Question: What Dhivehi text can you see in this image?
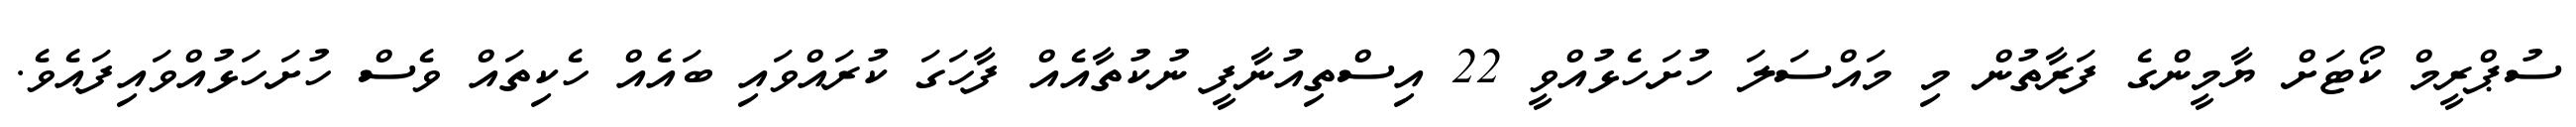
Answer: ސުޕްރީމް ކޯޓަށް ޔާމީންގެ ފަރާތުން މި މައްސަލަ ހުށަހެޅުއްވީ 22 އިސްތިއުނާފީ ނުކުތާއެއް ފާހަގަ ކުރައްވައި ބައެއް ހެކިތައް ވެސް ހުށަހަޅުއްވައިފައެވެ.